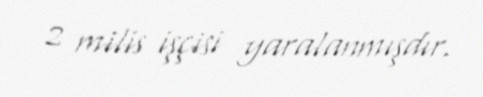
2 milis işçisi yaralanmışdır.